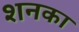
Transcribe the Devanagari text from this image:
शनका